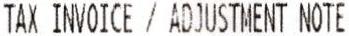
TAX INVOICE / ADJUSTMENT NOTE